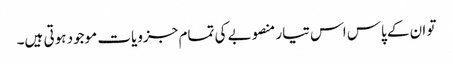
تو ان کے پاس اس تیار منصوبے کی تمام جزویات موجود ہوتی ہیں۔